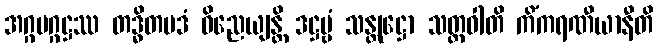
အဂ္ဂမဂ္ဂဋ္ဌဿ တဒ္ဓိတပဒံ ဝိညေယျန္တိ ဒဋ္ဌဗ္ဗံ သန္တုဋ္ဌော သတ္ထဝါတိ ကိံကရဏီယာနီတိ